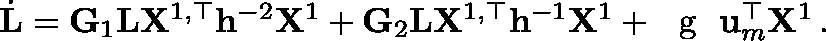
\begin{array} { r } { \dot { \mathbf { L } } = \mathbf { G } _ { 1 } \mathbf { L } \mathbf { X } ^ { 1 , \top } \mathbf { h } ^ { - 2 } \mathbf { X } ^ { 1 } + \mathbf { G } _ { 2 } \mathbf { L } \mathbf { X } ^ { 1 , \top } \mathbf { h } ^ { - 1 } \mathbf { X } ^ { 1 } + \textrm { \boldmath { g } } \mathbf { u } _ { m } ^ { \top } \mathbf { X } ^ { 1 } \, . } \end{array}